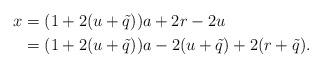
LaTeX: \begin{align*}x & = (1 + 2 (u + \tilde{q})) a + 2 r - 2 u\\& = (1 + 2 (u+\tilde{q})) a - 2 (u + \tilde{q}) + 2 (r + \tilde{q}).\end{align*}